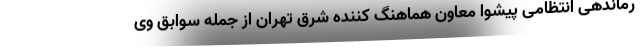
رماندهی انتظامی پیشوا معاون هماهنگ کننده شرق تهران از جمله سوابق وی